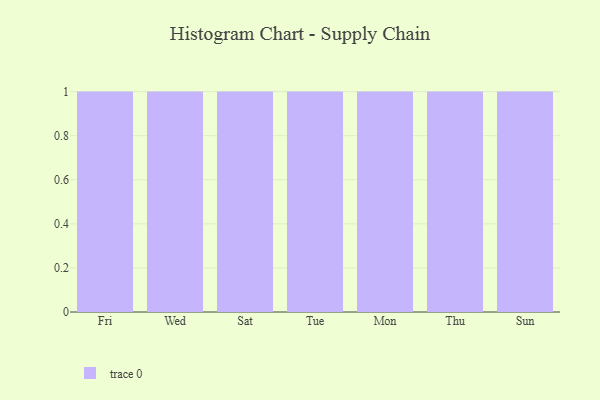
{"axis": {"x": "Day", "y": "Conversion Rate (%)"}, "legend": [""], "data": [{"x": "Fri", "y": 49, "type": ""}, {"x": "Wed", "y": 43, "type": ""}, {"x": "Sat", "y": 62, "type": ""}, {"x": "Tue", "y": 55, "type": ""}, {"x": "Mon", "y": 52, "type": ""}, {"x": "Thu", "y": 59, "type": ""}, {"x": "Sun", "y": 30, "type": ""}]}